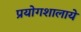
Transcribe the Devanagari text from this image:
प्रयोगशालाये